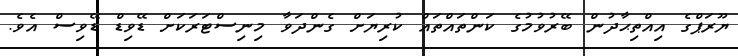
ޔޫރަޕްގެ އިއްތިޙާދުން ބޭރުވުމުގެ ކަންތައްތައް ކުރިޔަށް ގެންދަވާ މިނިސްޓަރަކަށް ޑޭވިޑް ޑޭވިސް އެވެ.